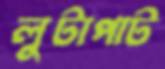
লুটাপাট